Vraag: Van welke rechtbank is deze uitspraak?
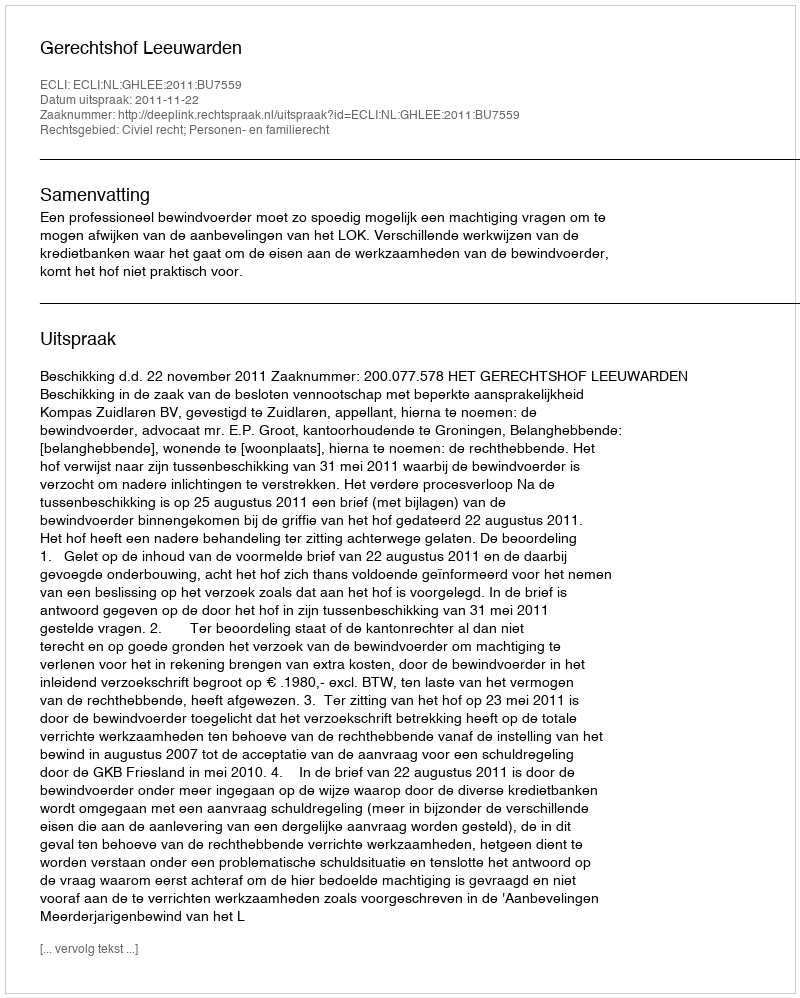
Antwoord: Gerechtshof Leeuwarden